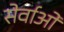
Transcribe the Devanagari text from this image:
सेर्वाओं